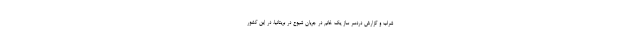
شراب و گزارش دردسر ساز یک خانم در جریان شیوع در بریتانیا، در این کشور